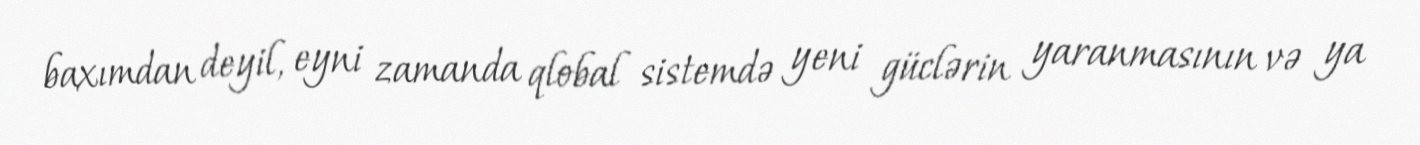
baxımdan deyil, eyni zamanda qlobal sistemdə yeni güclərin yaranmasının və ya